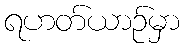
ရဟတ်ယာဉ်မှာ